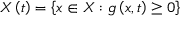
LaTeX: X \left( t \right) = \left\{ x \in X : g \left( x , t \right) \geq 0 \right\}